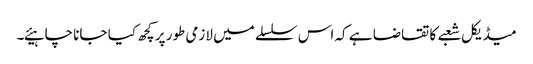
میڈیکل شعبے کا تقاضا ہے کہ اس سلسلے میں لازمی طور پر کچھ کیا جانا چاہیئے۔